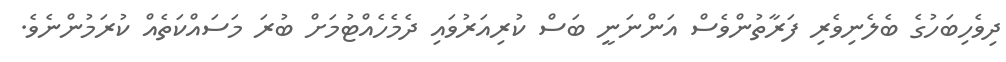
ދިވެހިބަހުގެ ބެލެނިވެރި ފަރާތުންވެސް އަންނަނީ ބަސް ކުރިއަރުވައި ދެމެހެއްޓުމަށް ބުރަ މަސައްކަތެއް ކުރަމުންނެވެ.